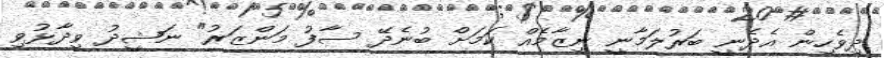
ދިވެހިން އެދެނީ ބަރުލަމާނީ ނިޒާމެއް ކަމަށް ބުނެދޭ ސާފު މަންޒަރު" ނަޝީދު ވިދާޅުވި